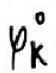
$\varphi_{k}^{\circ}$